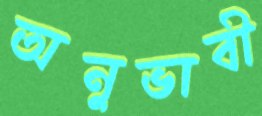
অনুভাবী